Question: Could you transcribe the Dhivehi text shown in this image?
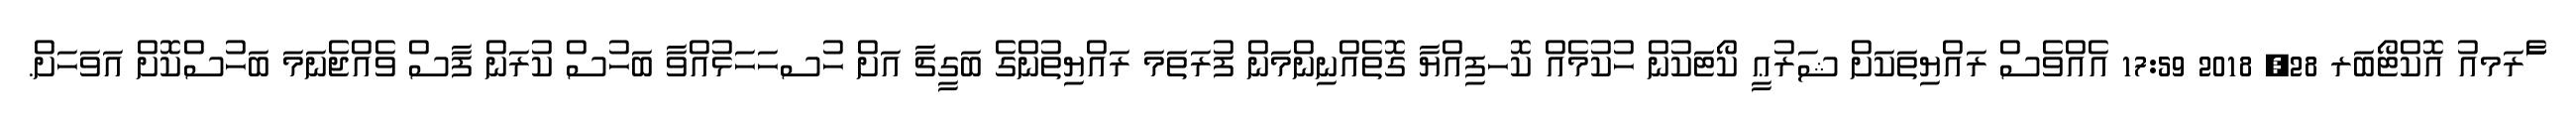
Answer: ާަެރަމއު އޮކްޓޯބަރ 28, 2018 17:59 އެއްވެސް ރައްޔިތަކަށް ޝަރުޢީ ކޯޓަކުން ހުކުމެއް ކޮހފިއްޔާ ގޮތެއްނިންމަން ފުރަތަމަ ރައްޔިތުންގެ ބަގީޗާ އަށް ހުސހަހަޅުއްވާ ބަހުސް ކުރަން ފާސް ވެއްޖެނަމަ ބަހުސްކޮށް އަވަހަށް.